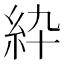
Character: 紣